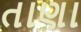
તાણા